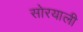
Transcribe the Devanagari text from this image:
सोरयाली